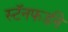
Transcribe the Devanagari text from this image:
स्टॅनफर्डने